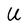
Character: U